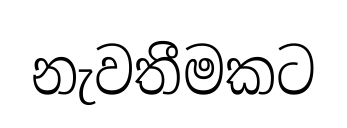
නැවතීමකට